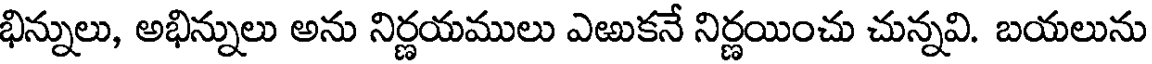
భిన్నులు, అభిన్నులు అను నిర్ణయములు ఎఱుకనే నిర్ణయించు చున్నవి. బయలును